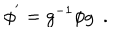
\phi ^ { ' } = g ^ { - 1 } \phi g \ \ .